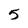
Character: 5